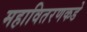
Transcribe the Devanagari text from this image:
महावितरणकडे